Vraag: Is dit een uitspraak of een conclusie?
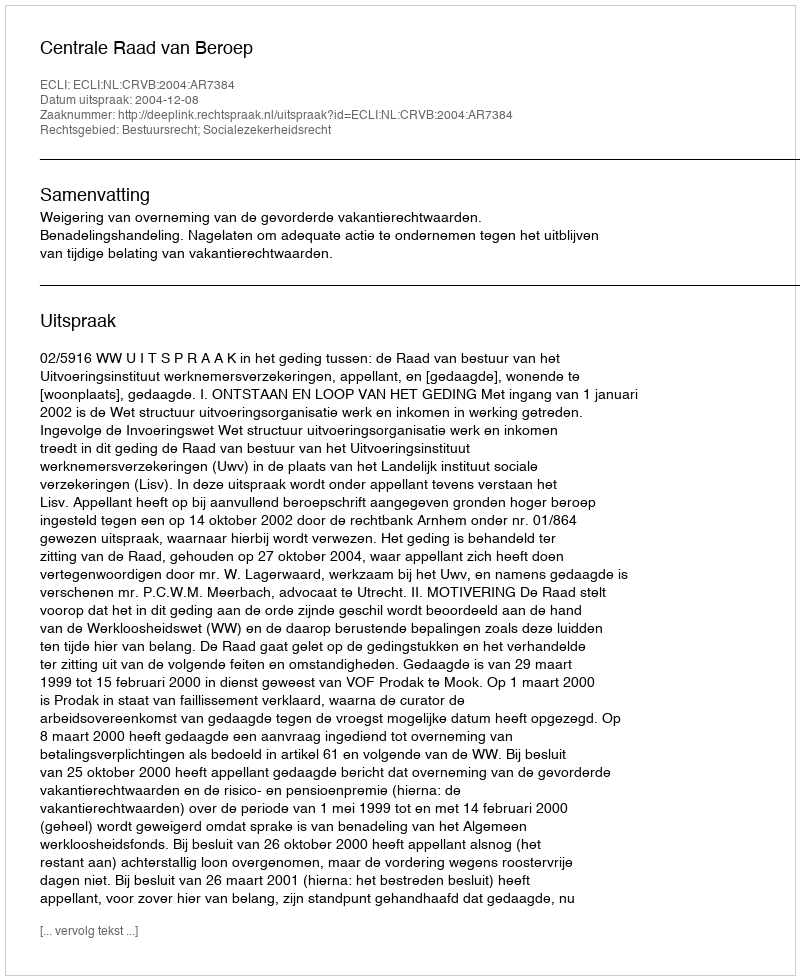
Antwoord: Uitspraak